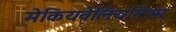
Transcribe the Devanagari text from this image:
मेकियवेलियनिस्म